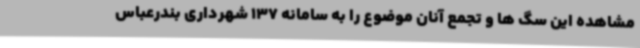
مشاهده این سگ ها و تجمع آنان موضوع را به سامانه 137 شهرداری بندرعباس